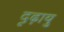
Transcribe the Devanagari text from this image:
दृढ़ायु